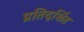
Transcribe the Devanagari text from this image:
प्रतिदर्शित